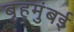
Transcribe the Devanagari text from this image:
बृहमुंबई